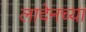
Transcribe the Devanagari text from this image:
लादेनच्या